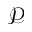
\mathcal { P }